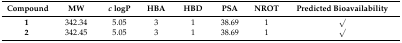
| Compound | MW | c logP | HBA | HBD | PSA | NROT | Predicted Bioavailability |
 | --- | --- | --- | --- | --- | --- | --- | --- |
 | 1 | 342.34 | 5.05 | 3 | 1 | 38.69 | 1 | √ |
 | 2 | 342.45 | 5.05 | 3 | 1 | 38.69 | 1 | √ |